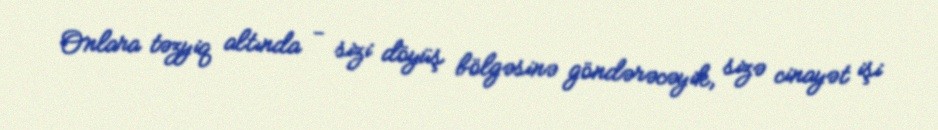
Onlara təzyiq altında - sizi döyüş bölgəsinə göndərəcəyik, sizə cinayət işi